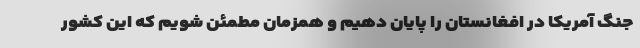
جنگ آمریکا در افغانستان را پایان دهیم و همزمان مطمئن شویم که این کشور